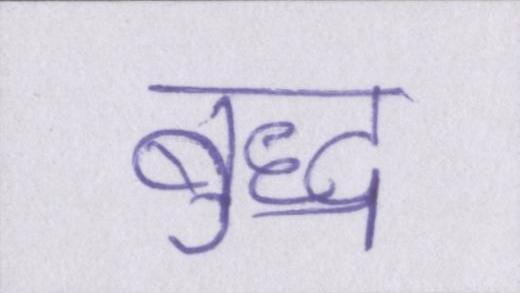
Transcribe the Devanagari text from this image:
बुद्ध